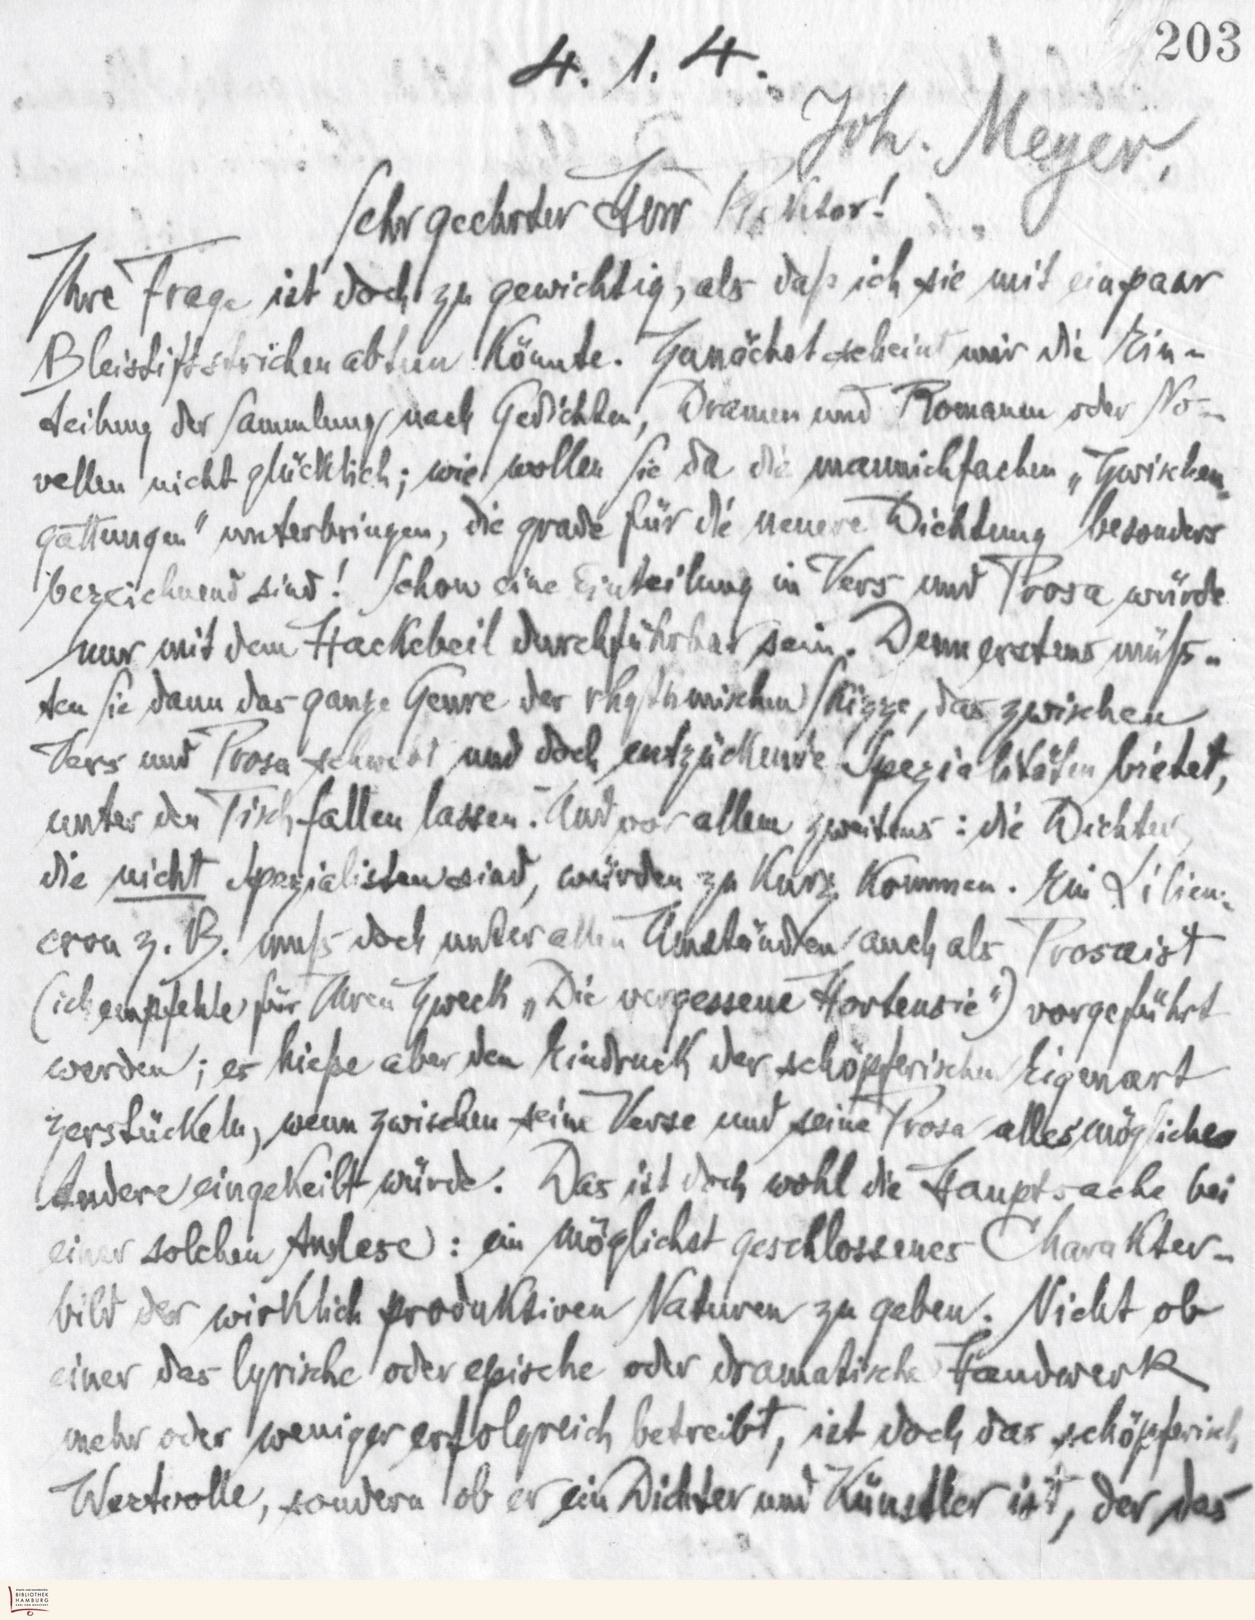
4.1.4.
Sehr geehrter Herr Rektor!
Ihre Frage ist doch zu gewichtig, als daß ich sie mit ein paar
Beistiftstrichen abtun könnte. Zunächst scheint mir die Ein-
teilung der Sammlung nach Geschichten, Dramen und Romanden oder No-
vellen nicht glücklich; wie wollen Sie da die mannichfachen „Zwischen-
gattungen" unterbringen, die grade für die neuere Dichtung besonders
bezeichnend sind! Schon eine Einteilung in Vers und Prosa würde
nur mit dem Hackebeil durchführbar sein. Denn erstens müß-
ten Sie dann das ganze Genre der rhythmischen Skizze, das zwischen
Vers und Prosa schwebt und doch entzückende Spezialitäten bietet,
unter den Tisch fallen lassen. Und vor allem zweitens: die Dichter
die nicht Spezialisten sind, würden zu kurz kommen. Ein Lilien-
cron z.B. muß doch unter allen Umständen auch als Prosaist
(ich empfehle für Ihren Zweck „Die vergessene Hortensie") vorgeführt
werden; es hieße aber den Eindruck der schöpferischen Eigenart
verstückeln, wenn zwischen seine Verse und seine Prosa alles mögliche
Andere eingekeilt würde. Das ist doch wohl die Hauptsache bei
einer solchen Anlese: ein möglichst geschlossenes Charakter-
bild der wirklich produktiven Naturen zu geben. Nicht ob
einer das lyrische oder epische oder dramatische Handwerk
mehr oder weniger erfolgreich betreibt, ist doch das schöpferisch
Wertvolle, sondern ob er ein Dichter und Künstler ist, der das